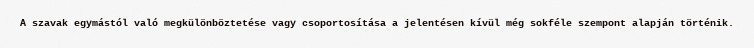
A szavak egymástól való megkülönböztetése vagy csoportosítása a jelentésen kívül még sokféle szempont alapján történik.